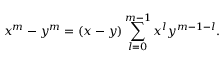
x ^ { m } - y ^ { m } = ( x - y ) \sum _ { l = 0 } ^ { m - 1 } x ^ { l } y ^ { m - 1 - l } .